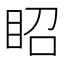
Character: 眧